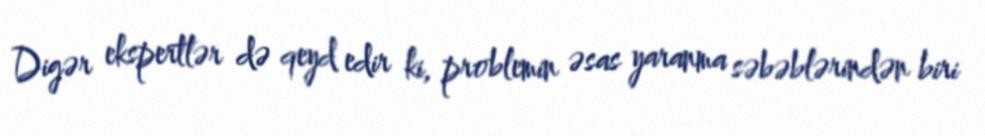
Digər ekspertlər də qeyd edir ki, problemin əsas yaranma səbəblərindən biri